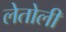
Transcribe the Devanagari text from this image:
लेतोली